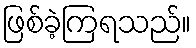
ဖြစ်ခဲ့ကြရသည်။